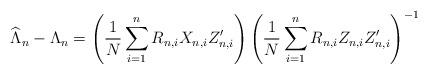
LaTeX: \begin{align*}\widehat\Lambda_n -\Lambda_n= \left(\frac{1}{N}\sum_{i=1}^nR_{n,i}X_{n,i}Z_{n,i}^{\prime }\right)\left(\frac{1}{N}\sum_{i=1}^nR_{n,i}Z_{n,i}Z_{n,i}^{\prime }\right)^{-1}\end{align*}